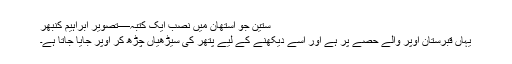
ستین جو آستھان میں نصب ایک کتبہ—تصویر ابراہیم کنبھر
یہاں قبرستان اوپر والے حصے پر ہے اور اسے دیکھنے کے لیے پتھر کی سیڑھیاں چڑھ کر اوپر جایا جاتا ہے۔